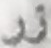
زر